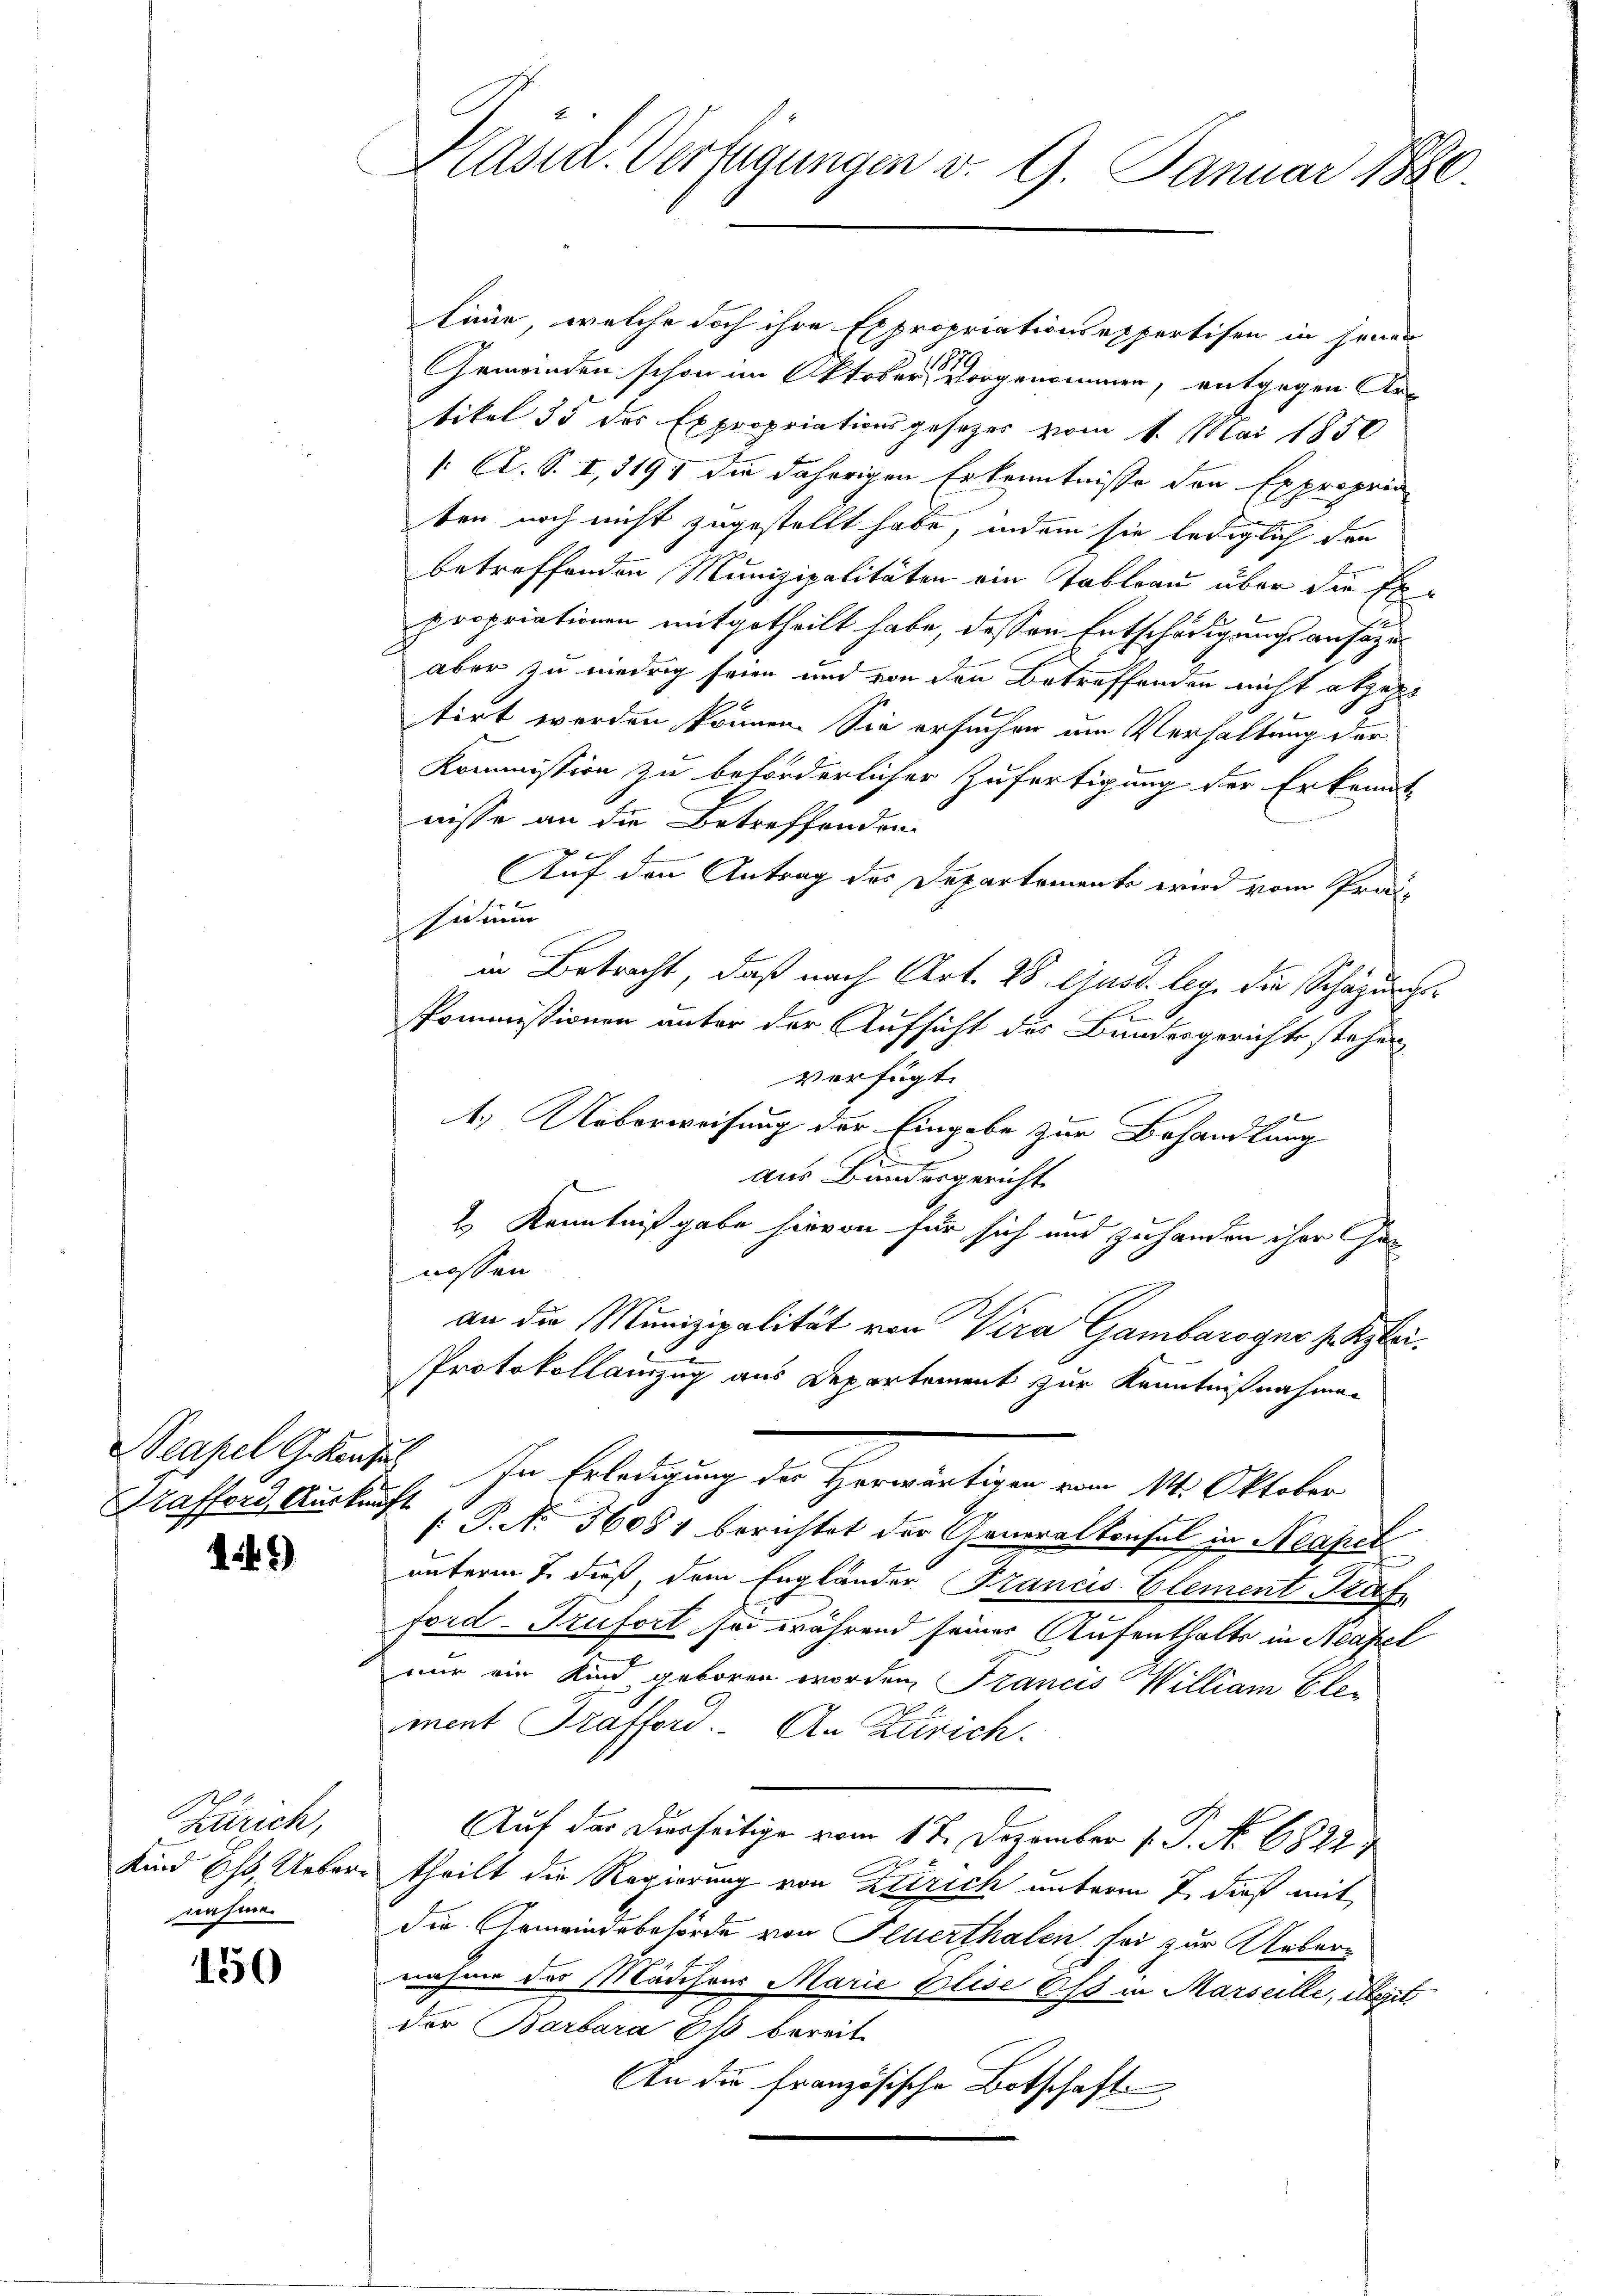
Neapel G. Konzes
Prafford, Auskunft

149

Zürich,
nahme

1550

Präsid. Verfügungen v. 9. Januar 1880.

linie, welche doch ihre Expropriationsexpertisen in jenen
Gemeinden schon im Oktobervorgenommen, entgegen Artikel 35 des Expropriationsgesezes vom 1. Mai 1850
: A. S. I, 319 die daherigen Erkenntnisse den Expropria
ben noch nicht zugestellt habe, indem sie lediglich den
betreffenden Munizipalitäten ein Tableau über die Erpropriationen mitgetheilt habe, dessen Entschädigungsansätzer
aber zu niedrig seien und von den Betreffenden nicht abgele
tirt werden können. Sie ersuchen um Verhaltung der
Kommission zu beförderlicher Zufertigung der Erkannt
nisse an die Betreffenden
x
Auf den Antrag des Departements wird vom Prod
sidium
in Betracht, daß nach Art. 28. ejusd. leg. die Schazungs¬
Pommissionen unter der Aufsicht des Bundesgerichts stehen
verfügt:
4.) Ueberweisung der Eingabe zur Behandlung
aus Bundesgericht
2) Kenntnißgabe hievon für sich und zuhanden ihre Genossen.
an die Munizipalität von Vera Gambaroger setzlei.
Protokollamzug aus Departement zur Kenntnißnahmen
Ihr Erledigung der Herrentiren vom 14. Oktober
P. No 56081 berichtet der Generalkonsul in Neapel
unterm 7. dieß, dem Engländer Francis Element Kaf
Ford-Trufort sei während seiner Aufenthalts in Neapel
nur ein Kind geboren worden, Francis William Ele-
iment Grafford. An Zürich.
Auf der Dierseitige vom 17. Dezember 1. P. No 6822
Kind Ehe, Ueber, theilt die Regierung von Zürich unterm 7. dieß mit
die Gemeindsbehörde von Feuerthalen sei zur Uebernahme des Mädchens Marie Elise Oss in Marseille, Meget
der Barbara Es bereit
An die französische Botschaft